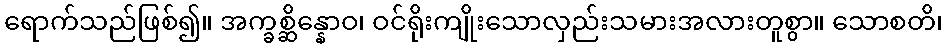
ရောက်သည်ဖြစ်၍။ အက္ခစ္ဆိန္နောဝ၊ ဝင်ရိုးကျိုးသောလှည်းသမားအလားတူစွာ။ သောစတိ၊